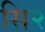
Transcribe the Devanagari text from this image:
सि२